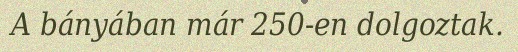
A bányában már 250-en dolgoztak.